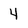
Character: 4